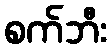
စက်ဘီး